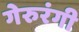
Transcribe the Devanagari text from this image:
गेरुरंगी